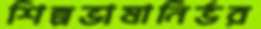
শিল্পভাষানির্ভর